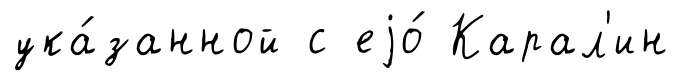
ука́занной с еjо́ Карал'ин